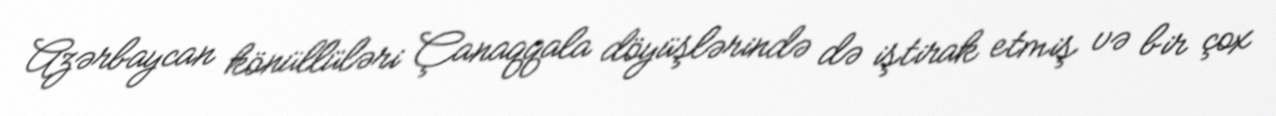
Azərbaycan könüllüləri Çanaqqala döyüşlərində də iştirak etmiş və bir çox